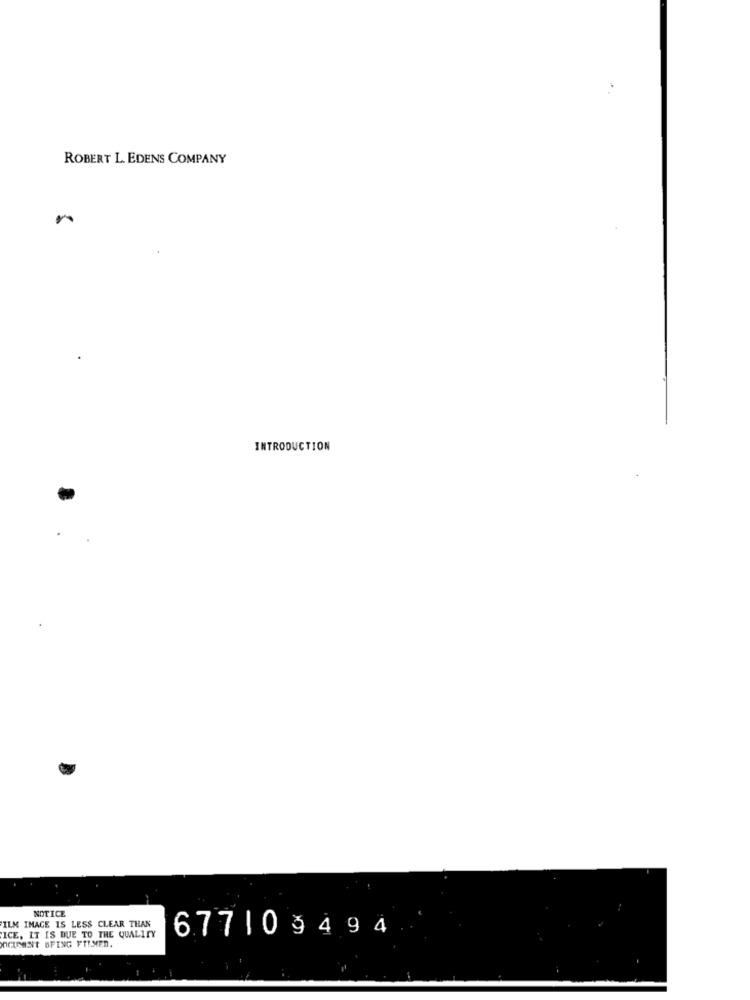
ROBERT L. EDENS COMPANY
INTRODUCTION
NOTICE
ILM IMAGE IS LESS CLEAR THAN
677|09494
ncIDENt SPING FTLMED.
ICE, IT IS DUE TO THE QUALITY